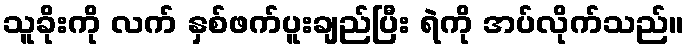
သူခိုးကို လက် နှစ်ဖက်ပူးချည်ပြီး ရဲကို အပ်လိုက်သည်။